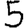
Digit: 5